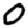
Digit: 0